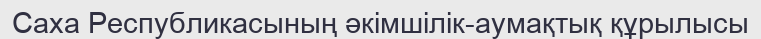
Саха Республикасының әкімшілік-аумақтық құрылысы